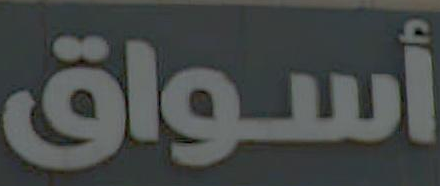
أسواق